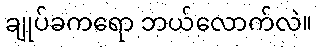
ချုပ်ခကရော ဘယ်လောက်လဲ။